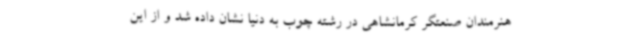
هنرمندان صنعتگر کرمانشاهی در رشته چوب به دنیا نشان داده شد و از این